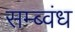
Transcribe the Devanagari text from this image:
सम्ब्वंध